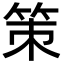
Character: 策